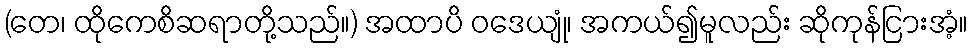
(တေ၊ ထိုကေစိဆရာတို့သည်။) အထာပိ ဝဒေယျုံ၊ အကယ်၍မူလည်း ဆိုကုန်ငြားအံ့။